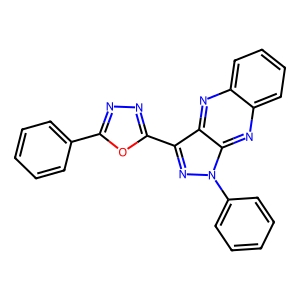
SMILES: c1ccc(-c2nnc(-c3nn(-c4ccccc4)c4nc5ccccc5nc34)o2)cc1
Inhibits HIV replication: No